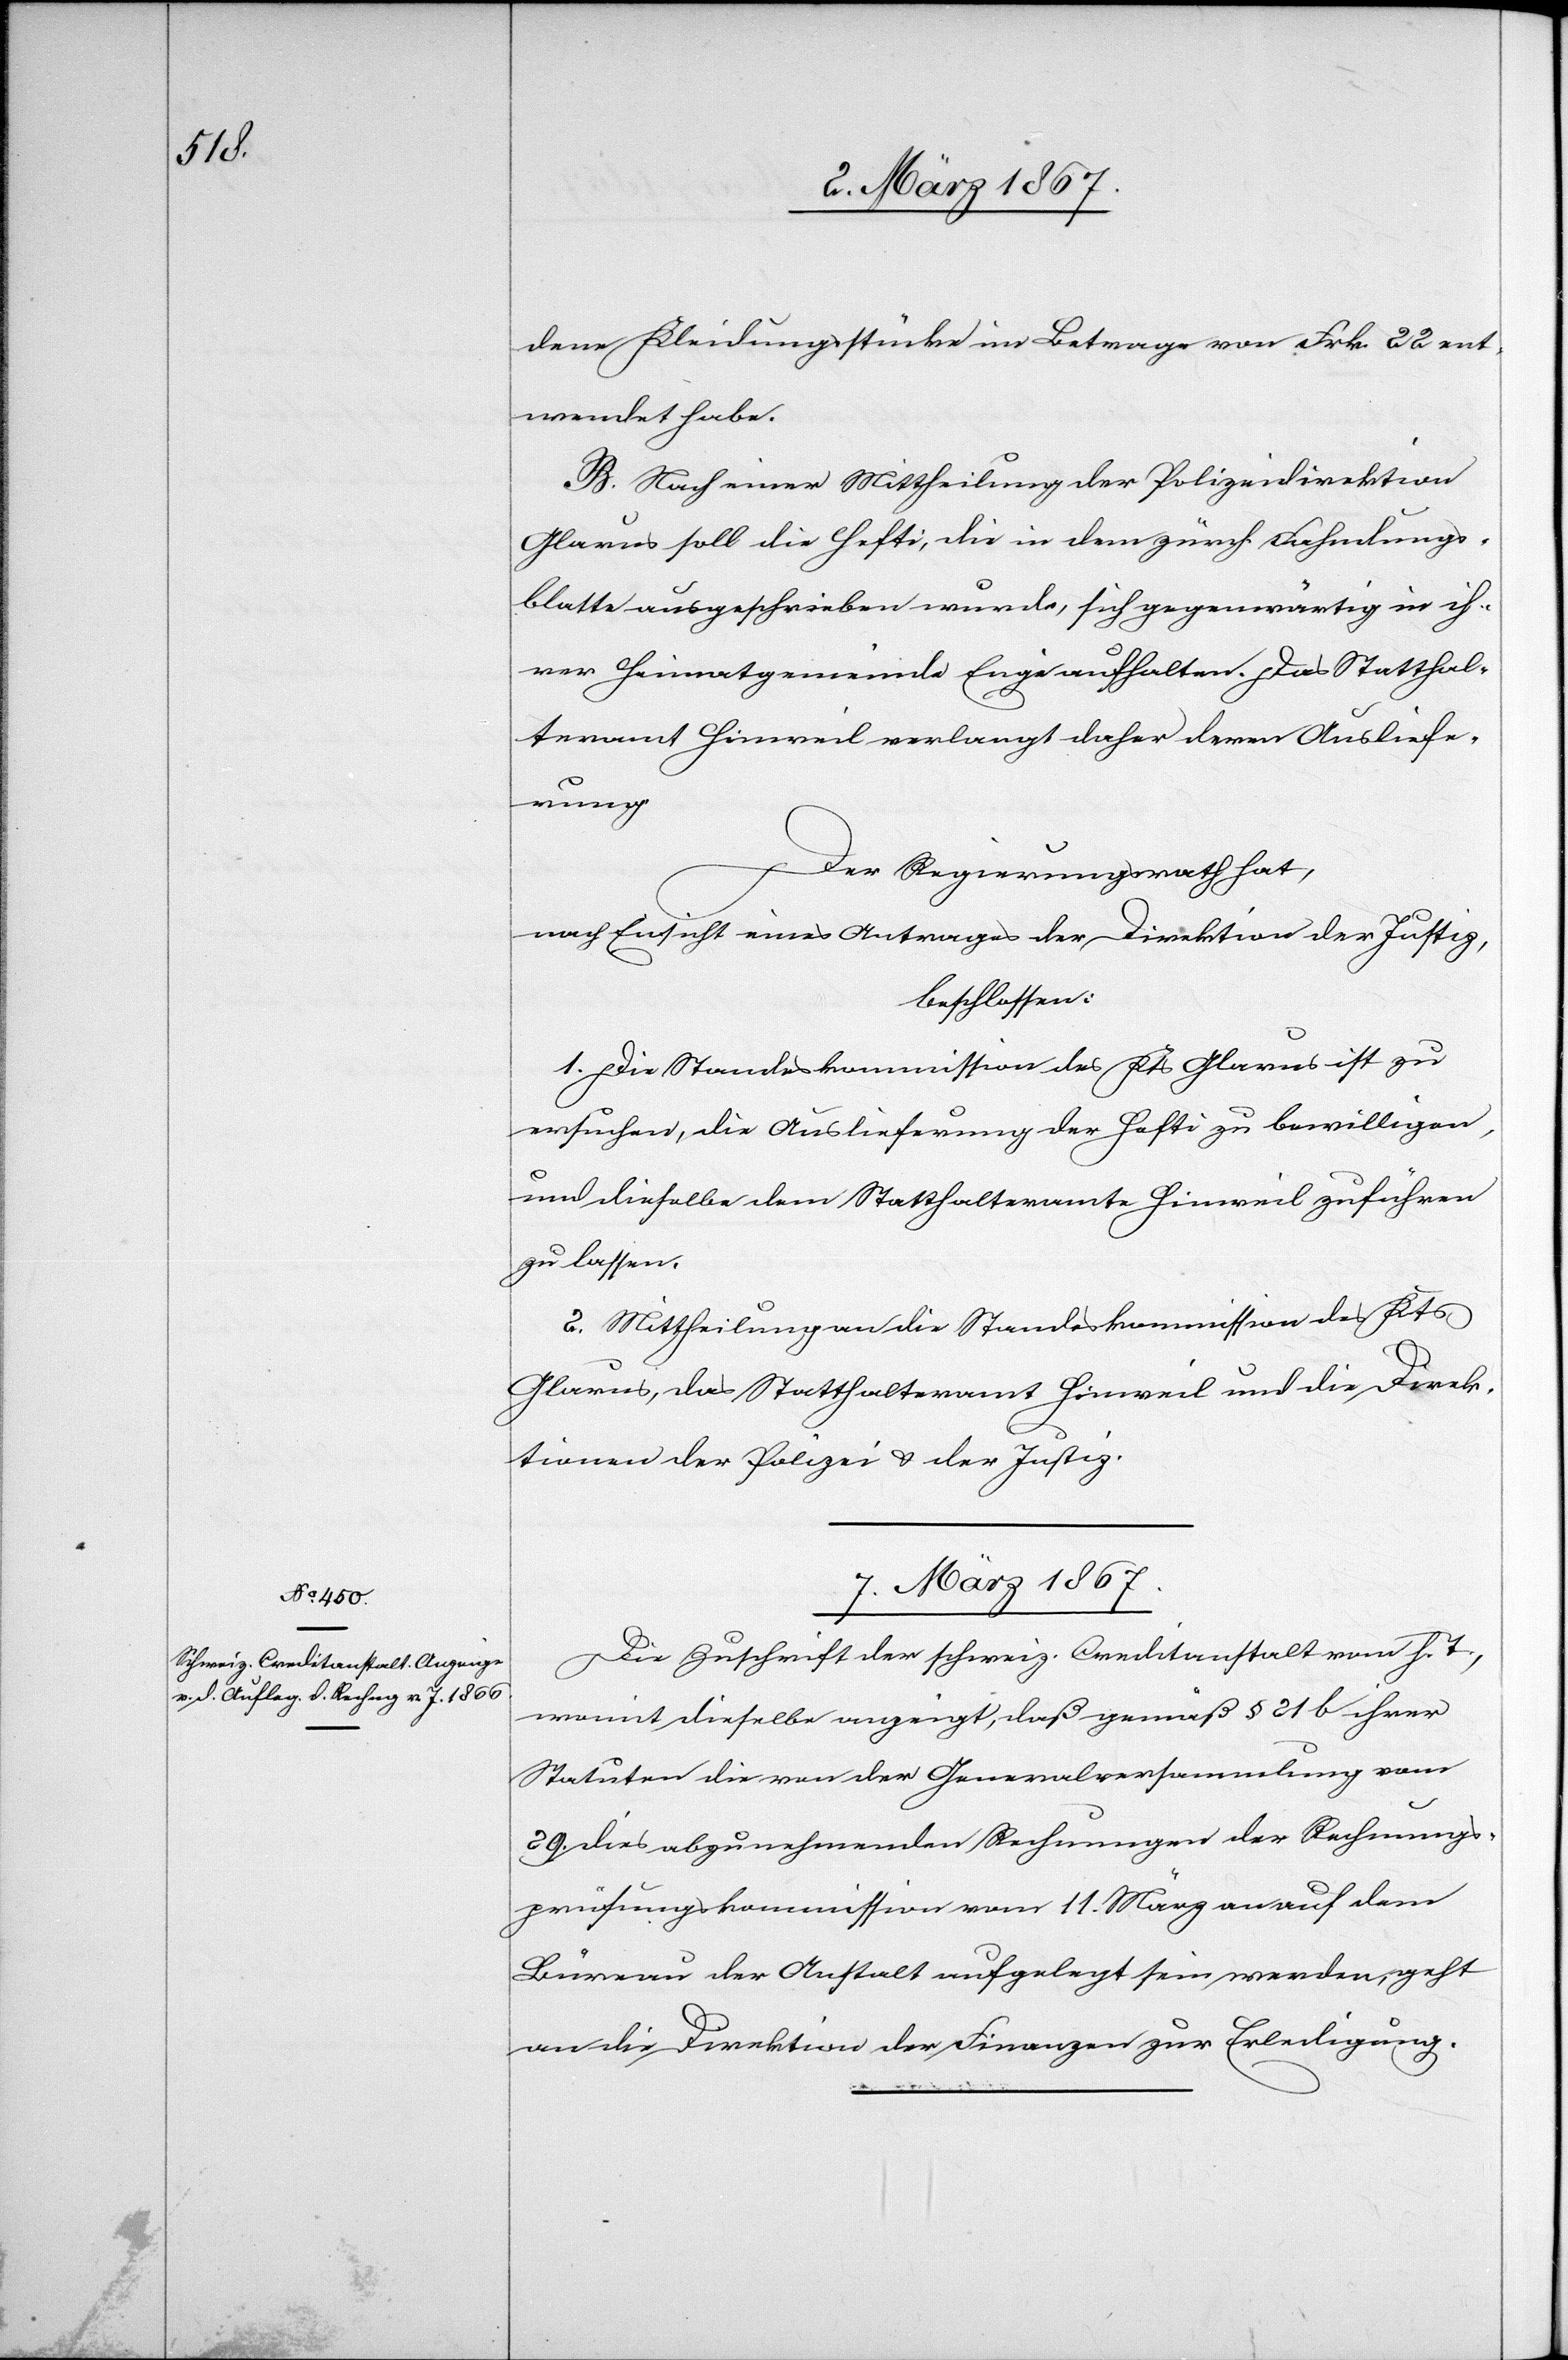
dene Kleidungsstücke im Betrage von Frk. 22 ent¬
wendet habe.
B. Nach einer Mittheilung der Polizeidirektion
Glarus soll die Hefti, die in dem zürch. Fahndungs¬
blatte ausgeschrieben wurde, sich gegenwärtig in ih¬
rer Heimatgemeinde Engi aufhalten. Das Statthal¬
teramt Hinweil verlangt daher deren Ausliefe¬
rung.
Der Regierungsrath hat,
nach Einsicht eines Antrages der Direktion der Justiz,
beschlossen:
1. Die Standeskommission des Kts Glarus ist zu
ersuchen, die Auslieferung der Hefti zu bewilligen,
und dieselbe dem Statthalteramte Hinweil zuführen
zu lassen.
2. Mittheilung an die Standeskommission des Kts
Glarus, das Statthalteramt Hinweil und die Direk¬
tionen der Polizei u. der Justiz.
7. März 1867.
Die Zuschrift der schweiz. Creditanstalt vom h. T.
womit dieselbe anzeigt, daß gemäß § 21 ihrer
Statuten die von der Generalversammlung vom
29. dies abzunehmenden Rechnungen der Rechnungs¬
prüfungskommission vom 11. März an auf dem
Büreau der Anstalt aufgelegt sein werden, geht
an die Direktion der Finanzen zur Erledigung.